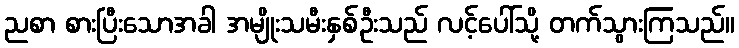
ညစာ စားပြီးသောအခါ အမျိုးသမီးနှစ်ဦးသည် လင့်ပေါ်သို့ တက်သွားကြသည်။